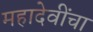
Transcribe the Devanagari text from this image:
महादेवींचा